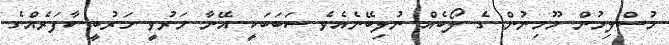
މުސްލިމުން މޫމިނުން ގެ ލޯބެެއް ނުލިބޭނެއެވެ ސަބަބަކީ އޭނާ މަރުވީ ހަރުބީ ކާފަރެއްގެ